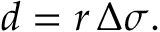
d = r \, \Delta \sigma .